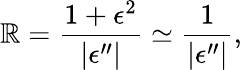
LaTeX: \mathbb{R}=\frac{{1+\epsilon^{2}}}{{|\epsilon^{\prime\prime}|}}\simeq\frac{{1}}{{|\epsilon^{\prime\prime}|}},